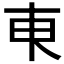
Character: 𬻌